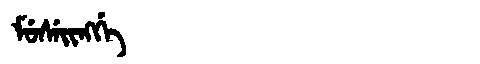
Manchu: ᠮᡠᠰᡝᡳᠩᡤᡝ
Romanization: MUSEINGGE